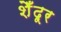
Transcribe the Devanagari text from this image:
शेँदूर